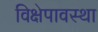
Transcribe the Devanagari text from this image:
विक्षेपावस्था